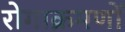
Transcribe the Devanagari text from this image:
रोगाक्रमणों